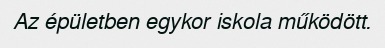
Az épületben egykor iskola működött.